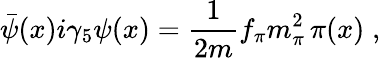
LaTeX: \bar{\psi}(x)i\gamma_{5}\psi(x)=\frac{1}{2m}f_{\pi}m_{\pi}^{2}\, \pi(x)\; ,